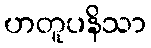
ဟတူပနိသာ